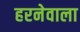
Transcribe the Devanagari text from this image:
हरनेवाला